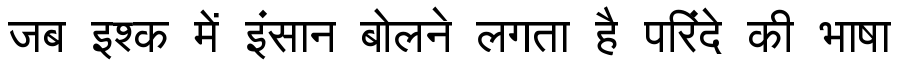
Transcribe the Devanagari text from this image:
जब इश्क में इंसान बोलने लगता है परिंदे की भाषा